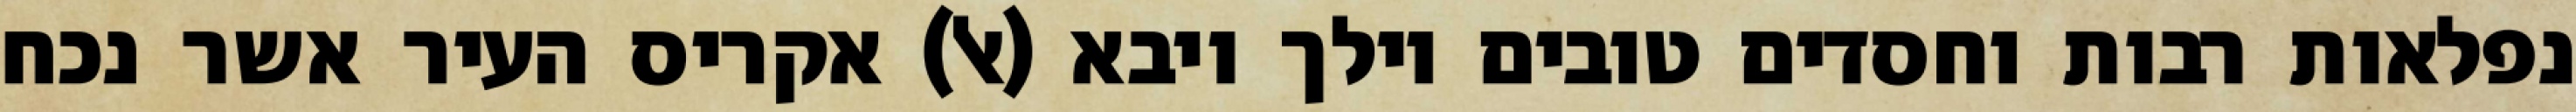
נפלאות רבות וחסדים טובים וילך ויבא (אל) אקריס העיר אשר נכח